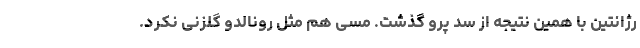
رژانتین با همین نتیجه از سد پرو گذشت. مسی هم مثل رونالدو گلزنی نکرد.